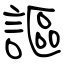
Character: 謳